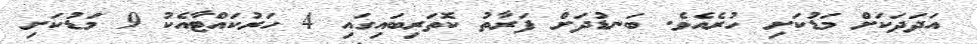
އަދަދަަކަށް މަޑުކަށި ހުރެއެވެ. ބަނޑުދަށް ފަރާތު ކޮތަރިބައިގައި 4 ހަރުކައްޓާއެކު 9 މަޑުކަށި